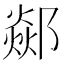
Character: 𨞇